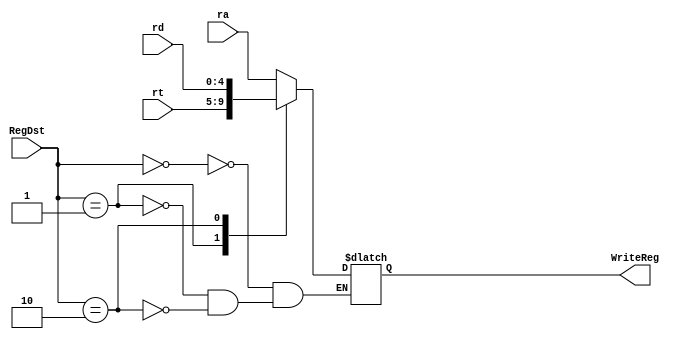
`timescale 1ns / 1ps
//////////////////////////////////////////////////////////////////////////////////
// Company: 
// Engineer: 
// 
// Design Name: 
// Module Name: Multiplexer4
// Project Name: 
// Target Devices: 
// Tool Versions: 
// Description: 
// 
// Dependencies: 
// 
// Revision:
// Revision 0.01 - File Created
// Additional Comments:
// 
//////////////////////////////////////////////////////////////////////////////////


module Multiplexer3(
    input [4:0]ra,
    input [4:0]rt,
    input [4:0]rd,
    input [1:0]RegDst,
    output reg[4:0]WriteReg
    );
    
    always @(RegDst or ra or rt or rd) begin
        case(RegDst)
            2'b00: WriteReg <= ra;
            2'b01: WriteReg <= rt;
            2'b10: WriteReg <= rd;
            default:
                $display("RegDst Wrong!");
        endcase
        //$display("PCSrc---*****---%h", PCSrc);
    end
endmodule